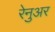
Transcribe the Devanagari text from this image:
रेनुअर